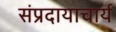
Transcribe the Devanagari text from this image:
संप्रदायाचार्य